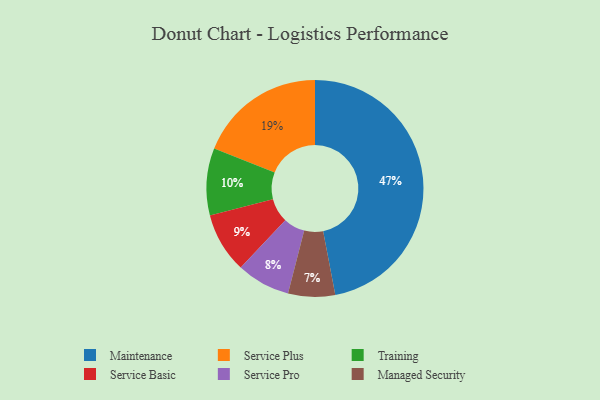
{"axis": {"x": "Category", "y": "Percentage"}, "legend": ["Maintenance", "Managed Security", "Service Basic", "Service Plus", "Service Pro", "Training"], "data": [{"x": "Service Pro", "y": 8, "type": "Service Pro"}, {"x": "Training", "y": 10, "type": "Training"}, {"x": "Managed Security", "y": 7, "type": "Managed Security"}, {"x": "Maintenance", "y": 47, "type": "Maintenance"}, {"x": "Service Basic", "y": 9, "type": "Service Basic"}, {"x": "Service Plus", "y": 19, "type": "Service Plus"}]}